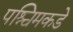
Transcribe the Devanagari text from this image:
पश्चिमकडे